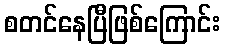
စတင်နေပြီဖြစ်ကြောင်း